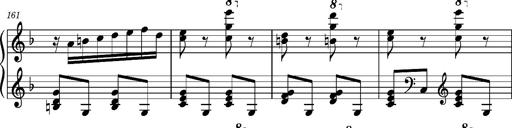
Title: Ungarischer Romanzero
Composer: Franz Liszt